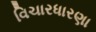
વિચારધારણા